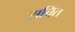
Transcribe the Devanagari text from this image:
सचिंत